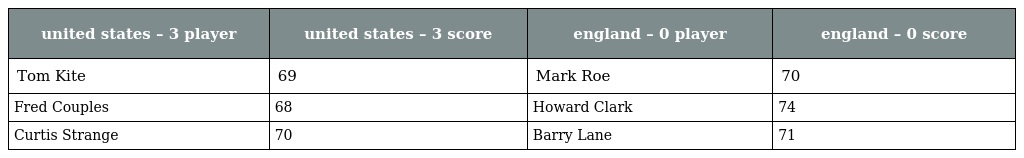
| united states – 3 player | united states – 3 score | england – 0 player | england – 0 score |
 | --- | --- | --- | --- |
 | Tom Kite | 69 | Mark Roe | 70 |
 | Fred Couples | 68 | Howard Clark | 74 |
 | Curtis Strange | 70 | Barry Lane | 71 |